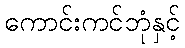
ကောင်းကင်ဘုံနှင့်